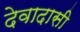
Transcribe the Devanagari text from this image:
देवादासी